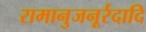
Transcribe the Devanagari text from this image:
रामानुजनूर्रदादि